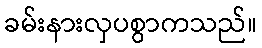
ခမ်းနားလှပစွာကသည်။